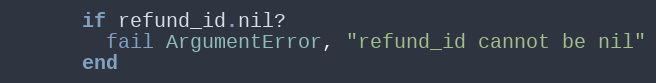
Language: Ruby
      if refund_id.nil?
        fail ArgumentError, "refund_id cannot be nil"
      end